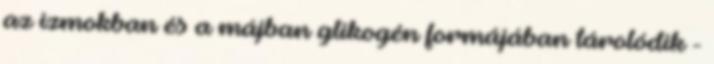
az izmokban és a májban glikogén formájában tárolódik -